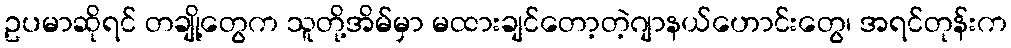
ဥပမာဆိုရင် တချို့တွေက သူတို့အိမ်မှာ မထားချင်တော့တဲ့ဂျာနယ်ဟောင်းတွေ၊ အရင်တုန်းက